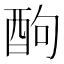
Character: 䣱